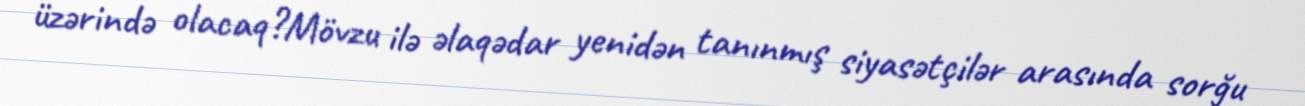
üzərində olacaq?Mövzu ilə əlaqədar yenidən tanınmış siyasətçilər arasında sorğu